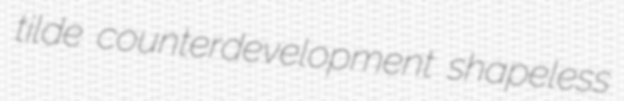
tilde counterdevelopment shapeless